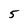
Character: 5